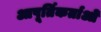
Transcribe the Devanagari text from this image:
आपूर्तिकर्ताओ